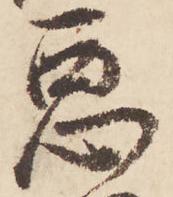
悪